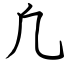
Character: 凢